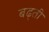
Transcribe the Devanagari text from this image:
बढ्ती